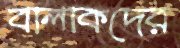
বালাকদের